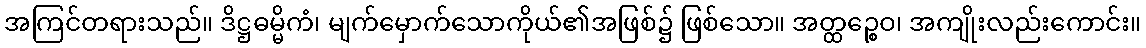
အကြင်တရားသည်။ ဒိဋ္ဌဓမ္မိကံ၊ မျက်မှောက်သောကိုယ်၏အဖြစ်၌ ဖြစ်သော။ အတ္ထဉ္စေဝ၊ အကျိုးလည်းကောင်း။